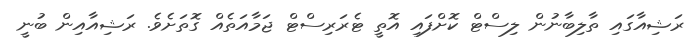
ރަޝިއާގައި ތާލިބާނުން ލިސްޓް ކޮށްފައި އޮތީ ޓެރަރިސްޓް ޖަމާއަތެއް ގޮތަށެވެ. ރަޝިއާއިން ބުނީ